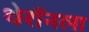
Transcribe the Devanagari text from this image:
थेरॉनला